Tezpur Lunatic Asylum reports 1877-1894 - 1877-1894
Year: 1877
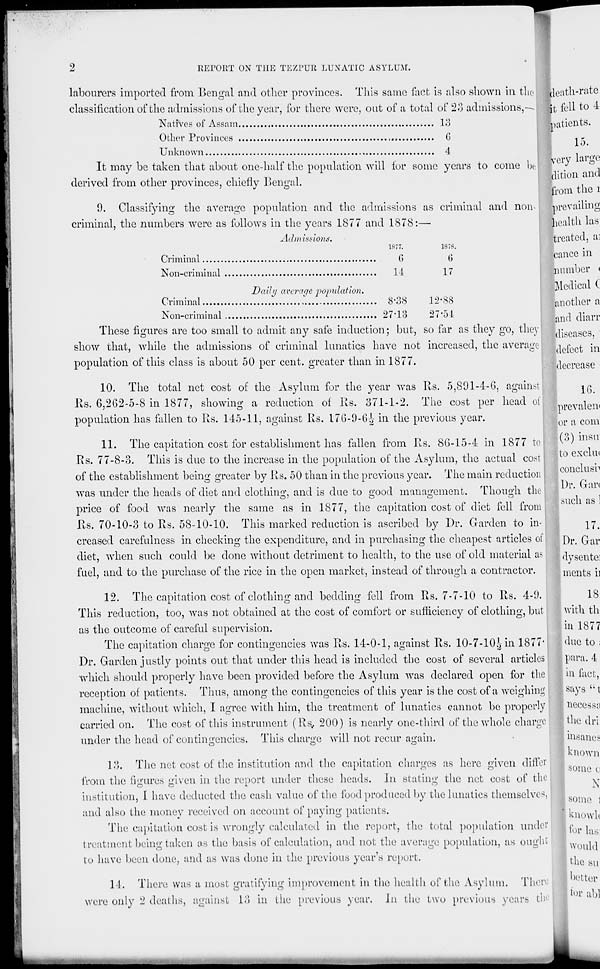
J
2
REPORT ON THE TEZPUR LUNATIC ASYLUM.
labourers imported from Bengal and other provinces. This same fact is also shown in the
classification of the admissions of the year, for there were, oat of a total of 23 admissions, —.
Natives of Assam
13
Other Provinces
,
G
Unknown
.
4
It may be taken that about one-half the population will for some years to come be
derived from other provinces, chiefly Bengal.
9. Classifying the average population and the admissions as criminal and non-
criminal, the numbers were as follows in the years 1877 and 1878:—
Admissions.
1877.
1878.
Criminal
G
G
Non-criminal
14
17
Daily average population.
Criminal
,.
8'38
12-88
Non-criminal
27*13
27'54
These figures are too small to admit any safe induction; but, so far as they go, they 1
show that, while the admissions of criminal lunatics have not increased, the average
population of this class is about 50 per cent, greater than in 1877.
10. The total net cost of the Asylum for the year was Rs. 5,891-4-6, against
Its. 6,262-5-8 in 1877, showing a reduction of Rs. 371-1-2. The cost per head of
population has fallen to Rs. 145-11, against Rs. 176-9-6-i- in the previous year.
11. The capitation cost for establishment has fallen from Rs. 86-15-4 in 1877 to j
Rs. 77-8-3. This is due to the increase in the population of the Asylum, the actual cost
of the establishment being greater by Rs. 50 than in the previous year. The main reduction
was under the heads of diet and clothing, and is due to good management. Though the
price of food was nearly the same as in 1877, the capitation cost of diet fell from
Rs. 70-10-3 to Rs. 58-10-10. This marked reduction is ascribed by Dr. Garden to in-
creased carefulness in checking the expenditure, and in purchasing the cheapest articles of j
diet, when such could be done without detriment to health, to the use of old material a>
fuel, and to the purchase of the rice in the open market, instead of through a contractor.
12. The capitation cost of clothing and bedding fell from Rs. 7-7-10 to Rs. 4-9.
This reduction, too, was not obtained at the cost of comfort or sufficiency of clothing, but
as the outcome of careful supervision.
The capitation charge for contingencies was Rs. 14-0-1, against Rs. 10-7-10.J, in 1877'
Dr. Garden justly points out that under this head is included the cost of several articles
which should properly have been provided before the Asylum was declared open for the
reception of patients. Thus, among the contingencies of this year is the cost of a weighing
machine, without which, I agree with him, the treatment of lunatics cannot be properly
carried on. The cost of this instrument (Rs,. 200) is nearly one-third of the whole charge
under the head of contingencies. This charge will not recur again.
13. The net cost of the institution and the capitation charges as here given differ
from the figures given in the report under these heads. \\\ stating the net cost of the
institution, I have deducted the cash value of the food produced by the lunatics themselves,
and also the money received on account of paying patients.
The capitation cost is wrongly calculated in the report, the total population under
treatment being taken as the basis of calculation, and not the average population, as ought
to have been done, and as was done in the previous year's report.
11. There was a most gratifying improvement in the health of the Asylum. There
were only '2 deaths, against 13 in the previous year, hi the two previous years tin
leath-rate
[t fell to 4
patients.
15.
very large n
dition and
•om the i
prevailing
lealth las
treated, ai
cance in
number <
Medical (
another a
and diarr
diseases,
•defect in
decrease
16.
prevalent
or a com
{?>) insu
to exchu
conclush
Dr. Gar<
I such as]
I
17.
Dr. Gar
dysente:
ments ii
I 1B
with th
in 1877
due to ;
para. 4
■ in fact,
says "t
I necessa
I the dri
| insane*
I known
; some c
1 X
I some 1
\ knowh
| for las
would
the sti
I better
tor abl